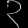
Digit: ၃